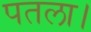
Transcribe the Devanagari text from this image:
पतला।